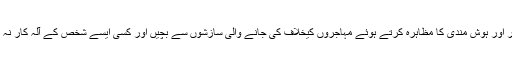
انہوں نے مہاجر نوجوانوں سے اپیل کی ہے کہ وہ شعور اور ہوش مندی کا مظاہرہ کرتے ہوئے مہاجروں کیخلاف کی جانے والی سازشوں سے بچیں اور کسی ایسے شخص کے آلہ کار نہ بنیں جو پاکستان دشمنی کیلئے انہیں استعمال کررہا ہے۔